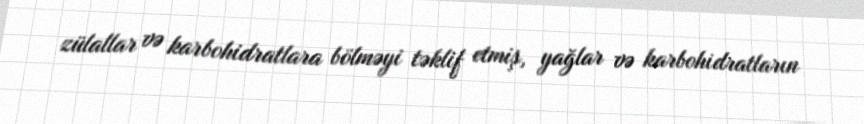
zülallar və karbohidratlara bölməyi təklif etmiş, yağlar və karbohidratların